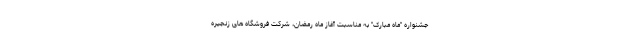
جشنواره "ماه مبارک" به مناسبت آغاز ماه رمضان، شرکت فروشگاه های زنجیره